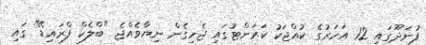
ފުނަދޫގައި 12 އަހަރުގެ ކުއްޖަކު ކަރަންޓުގައި ޖެހިގެން ނިޔާވެއްޖެ "ބްލެކް ފްރައިޑޭ" ގައި